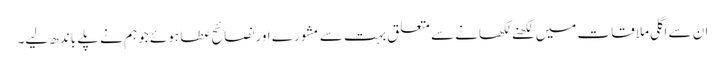
ان سے اگلی ملاقات میں لکھنے لکھانے سے متعلق بہت سے مشورے اور نصائح عطا ہوئے جو ہم نے پلے باندھ لیے۔